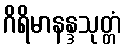
ဂိရိမာနန္ဒသုတ္တံ